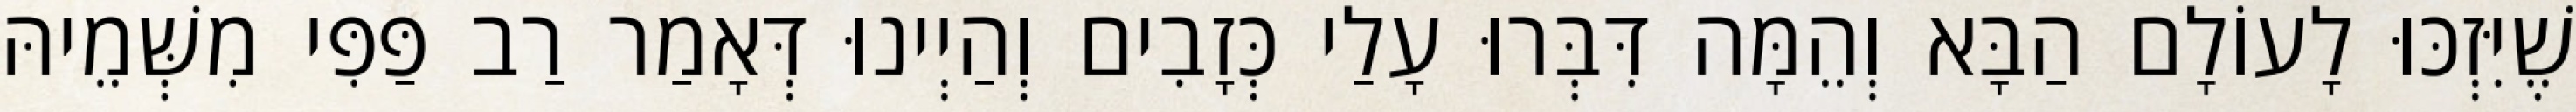
שֶׁיִּזְכּוּ לָעוֹלָם הַבָּא וְהֵמָּה דִּבְּרוּ עָלַי כְּזָבִים וְהַיְינוּ דְּאָמַר רַב פַּפִּי מִשְּׁמֵיהּ